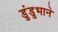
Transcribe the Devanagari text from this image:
डुंडुभाने